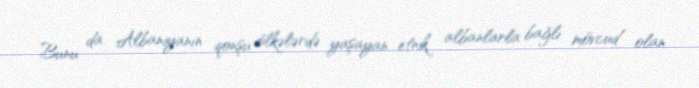
Bunu da Albaniyanın qonşu ölkələrdə yaşayan etnik albanlarla bağlı mövcud olan